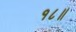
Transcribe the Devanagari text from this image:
१८॥